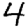
Digit: 4